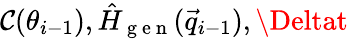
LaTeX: \mathcal{C}(\theta_{i-1}),\hat{{H}}_{\mathrm{{~g~e~n~}}}(\vec{{q}}_{i-1}),\Deltat